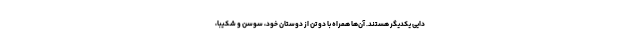
دایی یکدیگر هستند. آن‌ها همراه با دو تن از دوستان خود، سوسن و شکیبا،